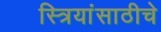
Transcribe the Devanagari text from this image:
स्त्रियांसाठीचे